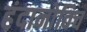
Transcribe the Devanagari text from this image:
हंदानोविच